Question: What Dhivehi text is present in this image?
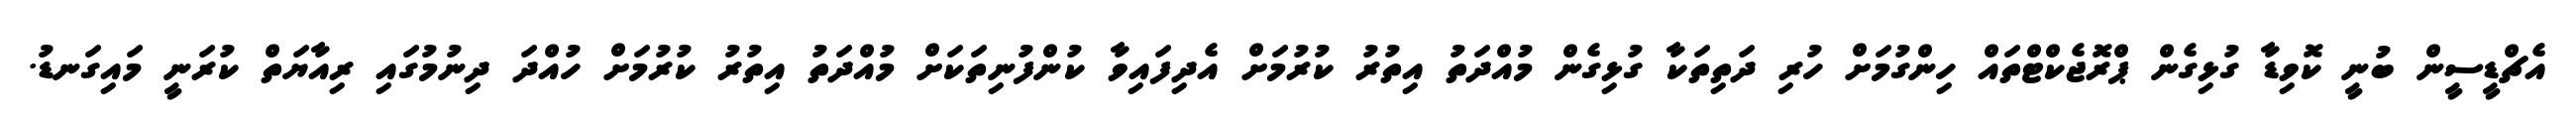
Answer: އެޗްޑީސީން ބުނީ ކޮވިޑާ ގުޅިގެން ޕްރޮޖެކްޓްތައް ހިންގުމަށް ހުރި ދަތިތަކާ ގުޅިގެން މުއްދަތު އިތުރު ކުރުމަށް އެދިފައިވާ ކުންފުނިތަކަށް މުއްދަތު އިތުރު ކުރުމަށް ހުއްދަ ދިނުމުގައި ރިއާޔަތް ކުރަނީ މައިގަނޑު.